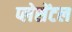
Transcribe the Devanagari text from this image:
प्लेसेंटल